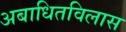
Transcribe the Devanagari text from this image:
अबाधितविलास